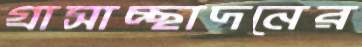
গ্রাসাচ্ছাদনের